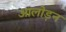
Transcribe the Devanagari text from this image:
आलोड़न